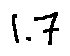
1 . 7